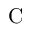
\mathrm { C }